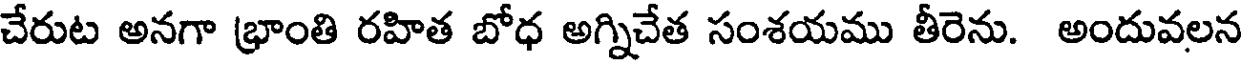
చేరుట అనగా భ్రాంతి రహిత బోధ అగ్నిచేత సంశయము తీరెను. అందువలన